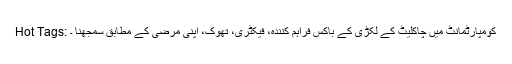
Hot Tags: کومپارٹمانٹ میں چاکلیٹ کے لکڑی کے باکس فراہم کنندہ، فیکٹری، تھوک، اپنی مرضی کے مطابق سمجھنا ۔